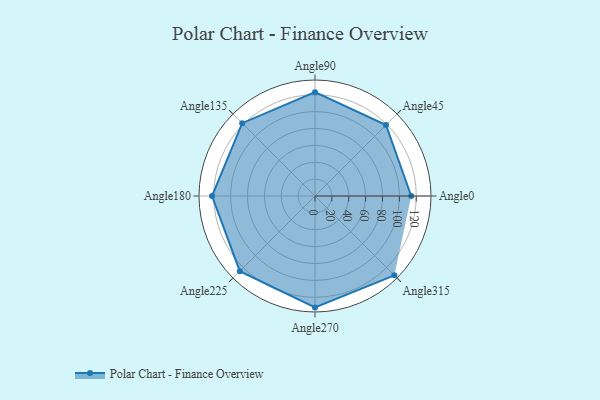
{"axis": {"x": "Angle", "y": "Radius"}, "legend": [""], "data": [{"x": "Angle0", "y": 114.0, "type": ""}, {"x": "Angle45", "y": 119.0, "type": ""}, {"x": "Angle90", "y": 123.0, "type": ""}, {"x": "Angle135", "y": 122.0, "type": ""}, {"x": "Angle180", "y": 122.0, "type": ""}, {"x": "Angle225", "y": 126.0, "type": ""}, {"x": "Angle270", "y": 132.0, "type": ""}, {"x": "Angle315", "y": 133.0, "type": ""}]}